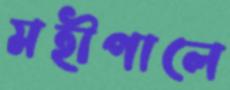
মহীপালে